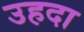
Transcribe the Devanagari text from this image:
उहदा